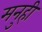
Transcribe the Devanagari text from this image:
मनुही